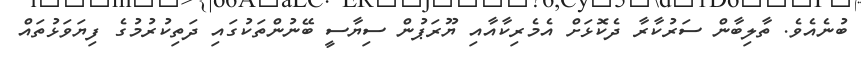
ބުނެއެވެ. ތާލިބާން ސަރުކާރާ ދެކޮޅަށް އެމެރިކާއާއި ޔޫރަޕުން ސިޔާސީ ބޭނުންތަކުގައި ދަތިކުރުމުގެ ފިޔަވަޅުތައް